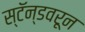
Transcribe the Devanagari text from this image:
स्टॅन्डवरून